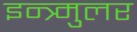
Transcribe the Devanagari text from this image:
इन्त्र्मुलर